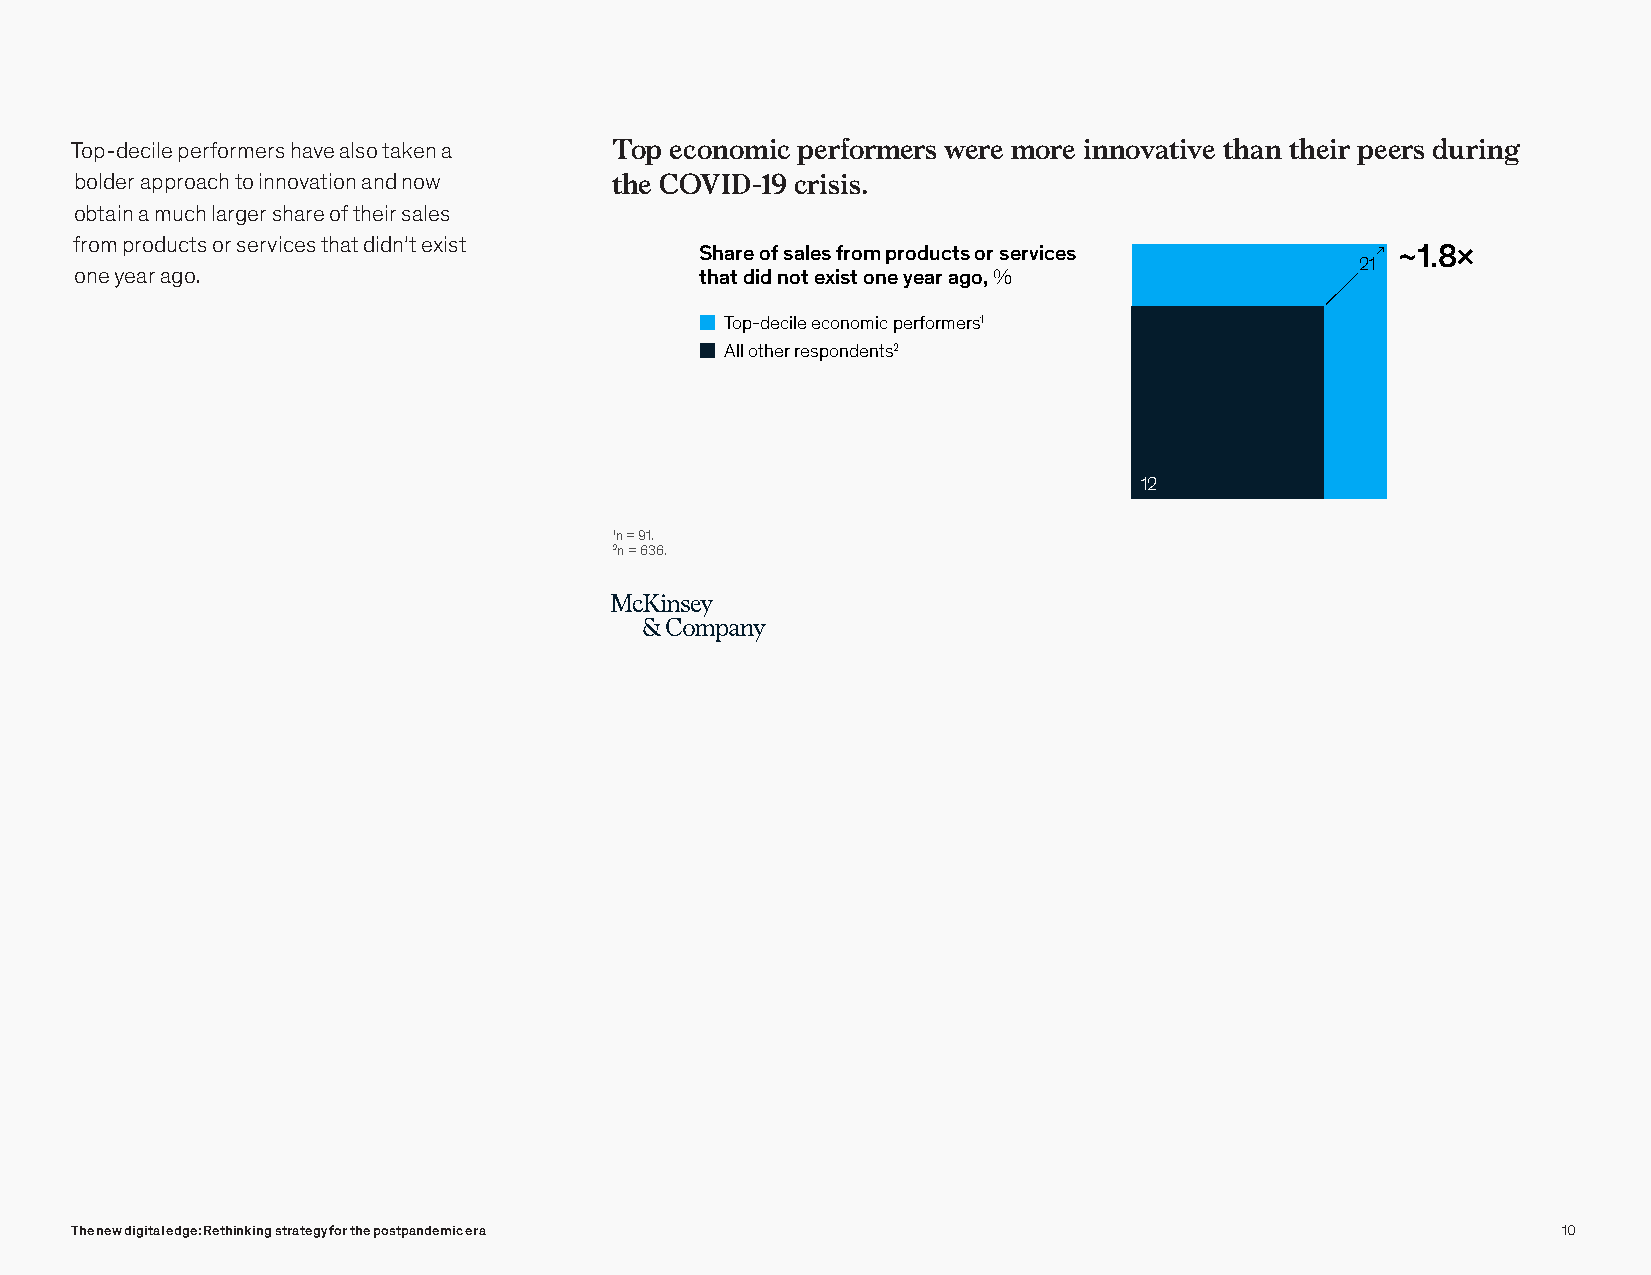
Web 2021
 Survey-DigitalStrategy
 Exhibit 9 of 13
 Top-decile performers have also taken a Top economic performers were more innovative than their peers during
 Top economic performers were more innovative than their peers during the
 bolder approach to innovation and now the COVID-19 crisis.
 COVID-19 crisis.
 obtain a much larger share of their sales
 from products or services that didn’t exist
 Share of sales from products or services      ~1.8×
 2211
 one year ago.                            that did not exist one year ago, %
 Top-decile economic performers1
 All other respondents2
 12
 1n = 91.
 2n = 636.
 The new digital edge: Rethinking strategy for the postpandemic era                                10